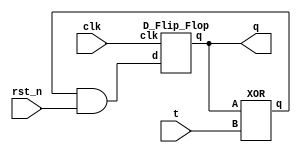
`timescale 1ns/1ps

module Toggle_Flip_Flop(clk, q, t, rst_n);
input clk;
input t;
input rst_n;
output q;

wire T1,T2;

XOR X1(q,t,T1);
and A1(T2,T1,rst_n);
D_Flip_Flop D1(clk, T2, q);

endmodule


module XOR(A, B, q);
input A,B;
output q;

wire T1,T2,T3;
nand N1(T1,A,B);
nand N2(T2,A,T1);
nand N3(T3,T1,B);
nand N4(q,T2,T3);

endmodule



module D_Flip_Flop(clk, d, q);
input clk;
input d;
output q;

wire nclk;
wire midq;

not Not_clk(nclk,clk);
D_Latch Master(nclk,d,midq);
D_Latch Slave(clk,midq,q);

endmodule

module D_Latch(e, d, q);
input e;
input d;
output q;

wire nd;
wire w1,w2,nq;

not Notd(nd,d);
nand Nand1(w1,d,e), Nand2(w2,nd,e);
nand Notq(nq,w2,q);
nand Nand3(q,w1,nq);

endmodule